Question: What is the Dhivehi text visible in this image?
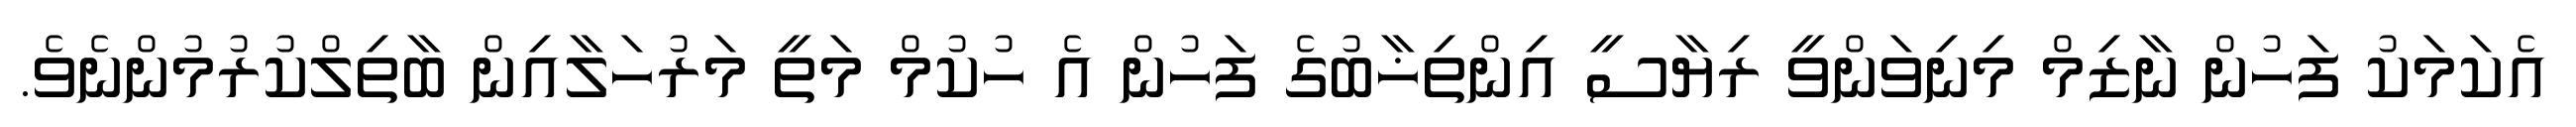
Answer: އެކަމަކު ފަހުން ނާޒިމް މިނިވަންވީ ރިޔާސީ އިންތިޚާބުގެ ފަހުން އެ ހުކުމް މަތީ މަރުހަލާއިން ބާތިލްކުރުމުންނެވެ.